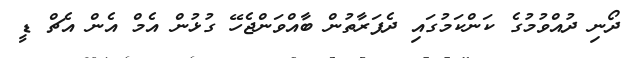
ދޯނި ދުއްވުމުގެ ކަންކަމުގައި ދެފަރާތުން ބާއްވަންޖެހޭ ގުޅުން އެމް އެން އެޗް ޑީ